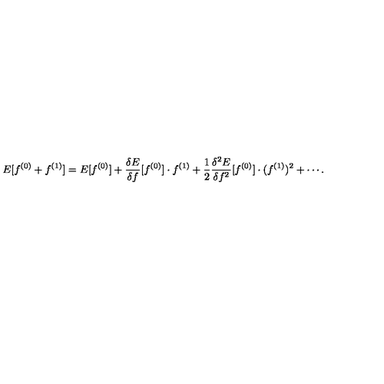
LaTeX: E [ f ^ { ( 0 ) } + f ^ { ( 1 ) } ] = E [ f ^ { ( 0 ) } ] + \frac { \delta E } { \delta f } [ f ^ { ( 0 ) } ] \cdot f ^ { ( 1 ) } + \frac { 1 } { 2 } \frac { \delta ^ { 2 } E } { \delta f ^ { 2 } } [ f ^ { ( 0 ) } ] \cdot ( f ^ { ( 1 ) } ) ^ { 2 } + \cdots .